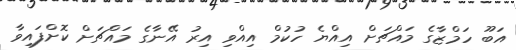
އަބޫ ހަމްޒާގެ މައްޗަށް އިއްޔެ ހުކުމް އިއްވި އިރު އޭނާގެ މައްޗަށް ކޮށްފައިވާ